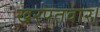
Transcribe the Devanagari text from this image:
खरपतवार।